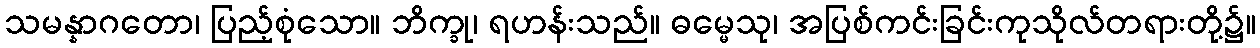
သမန္နာဂတော၊ ပြည့်စုံသော။ ဘိက္ခု၊ ရဟန်းသည်။ ဓမ္မေသု၊ အပြစ်ကင်းခြင်းကုသိုလ်တရားတို့၌။